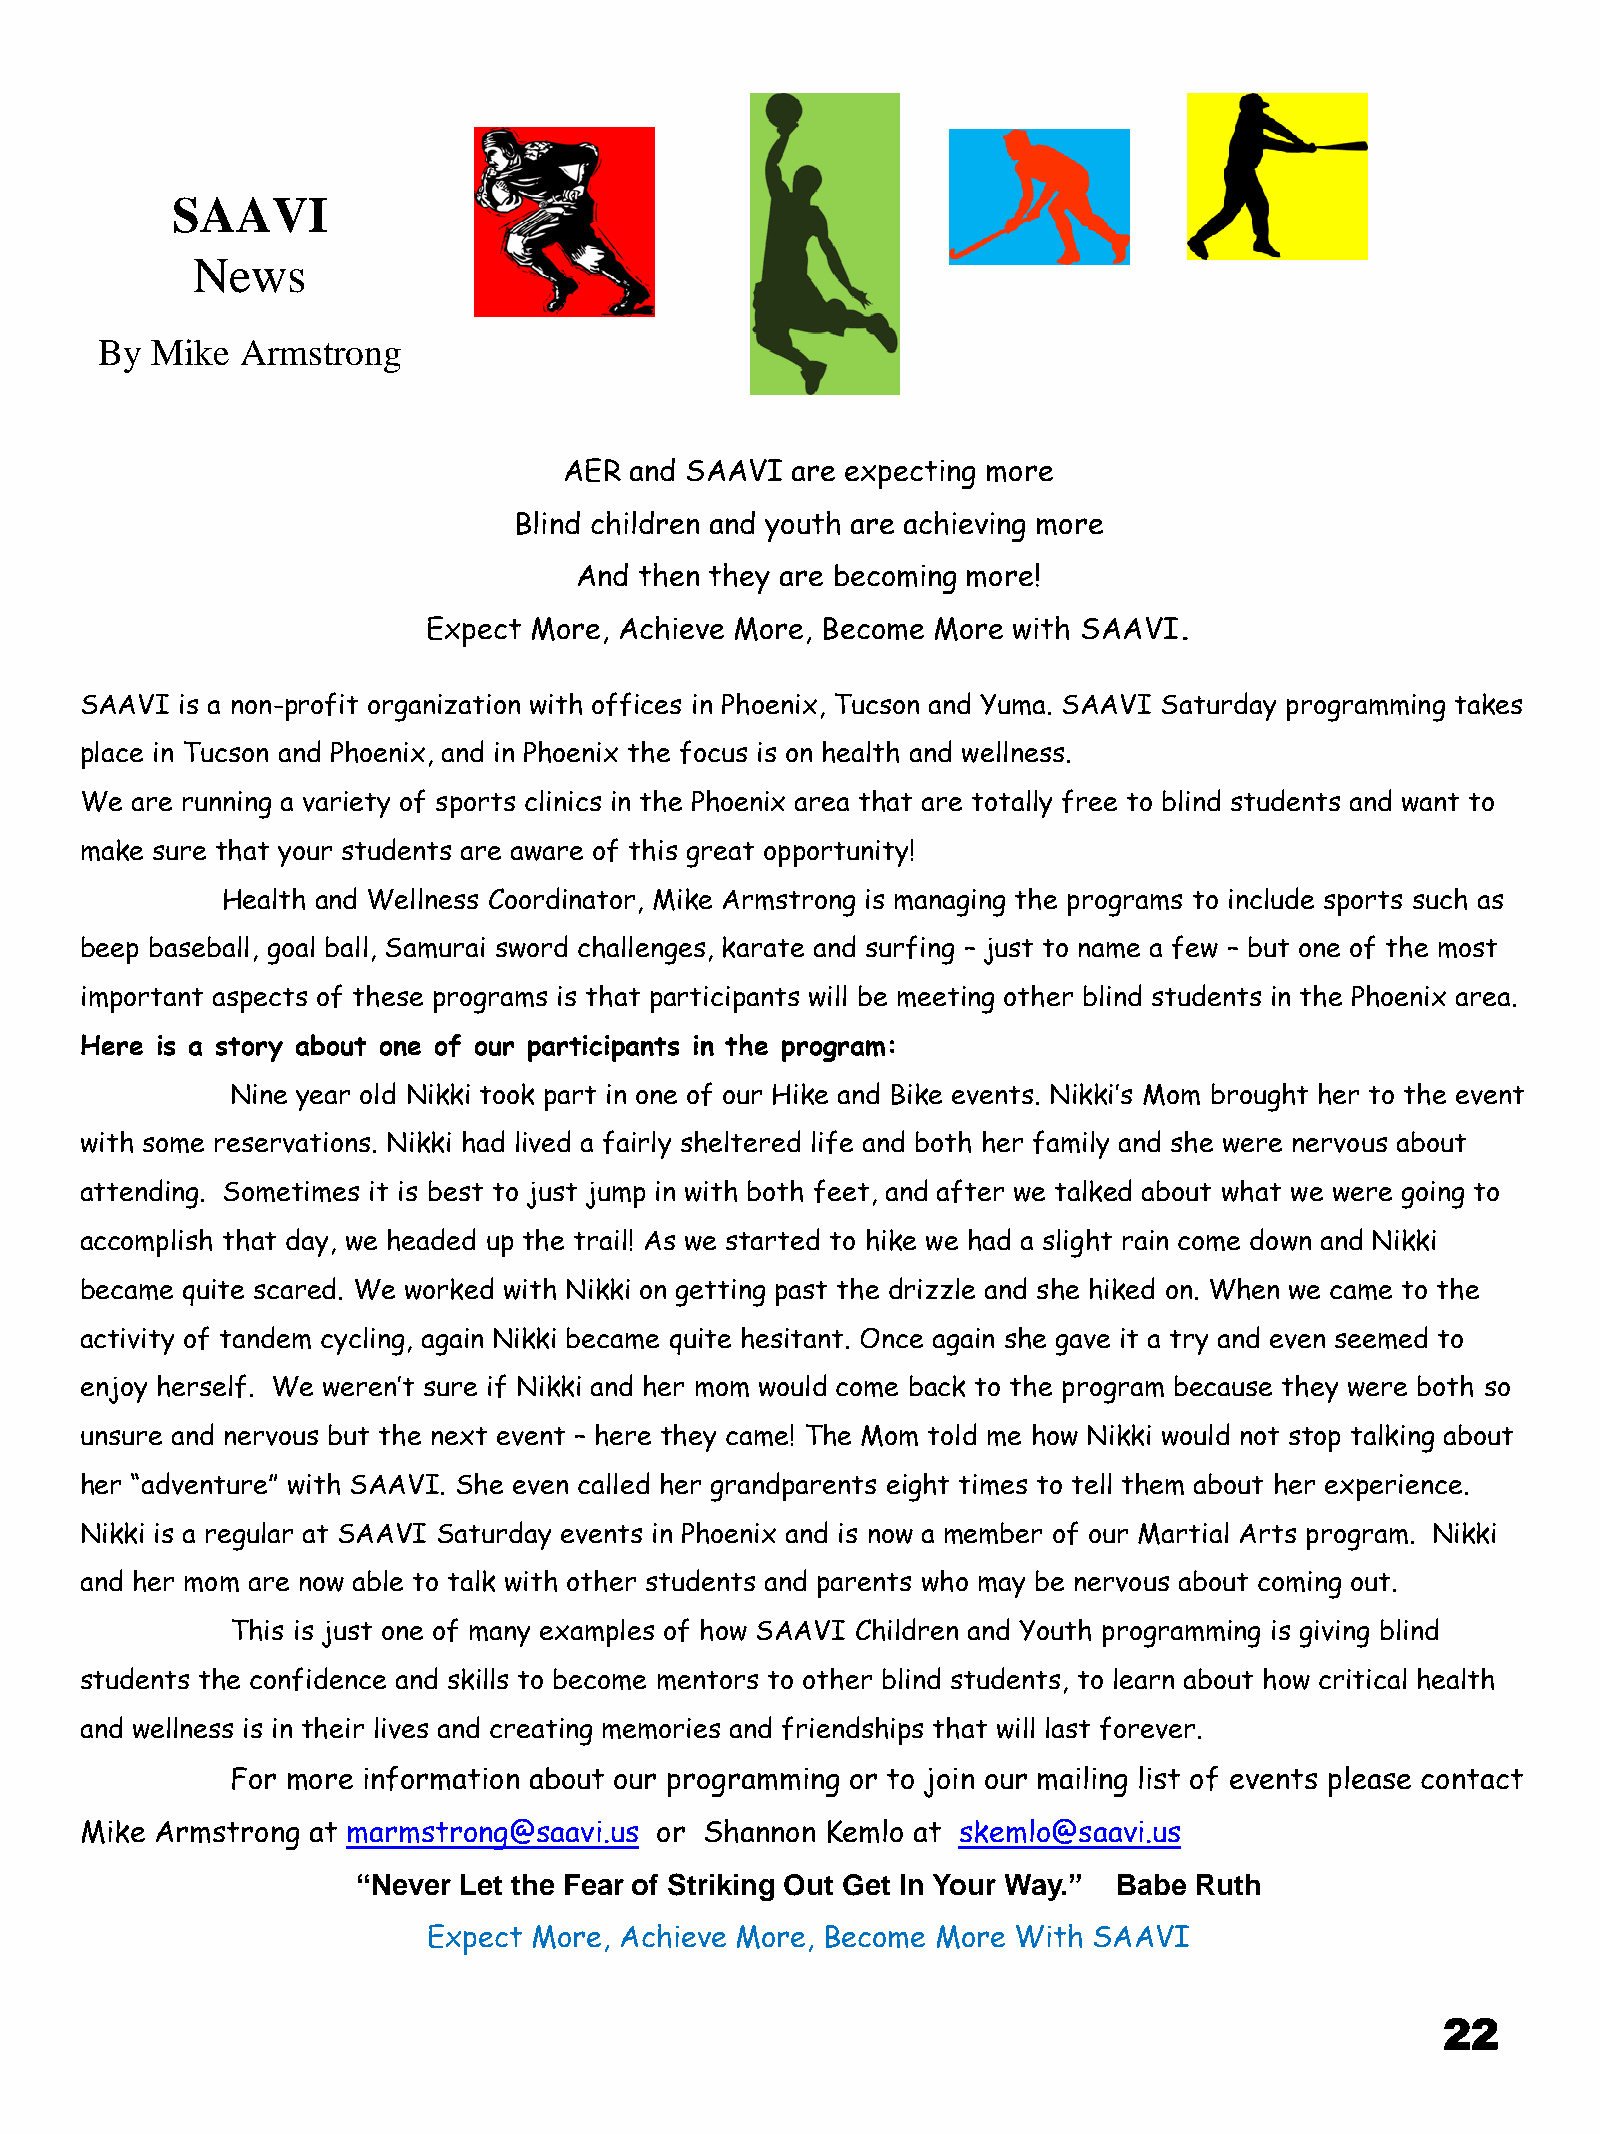
SAAVI
 News
 By  Mike  Armstrong
 AER  and SAAVI are expecting more
 Blind children and youth are achieving more
 And then they are becoming more!
 Expect More, Achieve More, Become More with SAAVI.
 SAAVI  is a non-profit organization with offices in Phoenix, Tucson and Yuma. SAAVI Saturday programming takes
 place in Tucson and Phoenix, and in Phoenix the focus is on health and wellness.
 We  are running a variety of sports clinics in the Phoenix area that are totally free to blind students and want to
 make sure that your students are aware of this great opportunity!
 Health and Wellness Coordinator, Mike Armstrong is managing the programs to include sports such as
 beep baseball, goal ball, Samurai sword challenges, karate and surfing – just to name a few – but one of the most
 important aspects of these programs is that participants will be meeting other blind students in the Phoenix area.
 Here is a story about one of our participants in the program:
 Nine year old Nikki took part in one of our Hike and Bike events. Nikki’s Mom brought her to the event
 with some reservations. Nikki had lived a fairly sheltered life and both her family and she were nervous about
 attending. Sometimes it is best to just jump in with both feet, and after we talked about what we were going to
 accomplish that day, we headed up the trail! As we started to hike we had a slight rain come down and Nikki
 became quite scared. We worked with Nikki on getting past the drizzle and she hiked on. When we came to the
 activity of tandem cycling, again Nikki became quite hesitant. Once again she gave it a try and even seemed to
 enjoy herself. We weren’t sure if Nikki and her mom would come back to the program because they were both so
 unsure and nervous but the next event – here they came! The Mom told me how Nikki would not stop talking about
 her “adventure” with SAAVI. She even called her grandparents eight times to tell them about her experience.
 Nikki is a regular at SAAVI Saturday events in Phoenix and is now a member of our Martial Arts program. Nikki
 and her mom are now able to talk with other students and parents who may be nervous about coming out.
 This is just one of many examples of how SAAVI Children and Youth programming is giving blind
 students the confidence and skills to become mentors to other blind students, to learn about how critical health
 and wellness is in their lives and creating memories and friendships that will last forever.
 For more information about our programming or to join our mailing list of events please contact
 Mike Armstrong at marmstrong@saavi.us or  Shannon Kemlo at skemlo@saavi.us
 “Never Let the Fear of Striking Out Get In Your Way.” Babe Ruth
 Expect More, Achieve More, Become More With SAAVI
 22